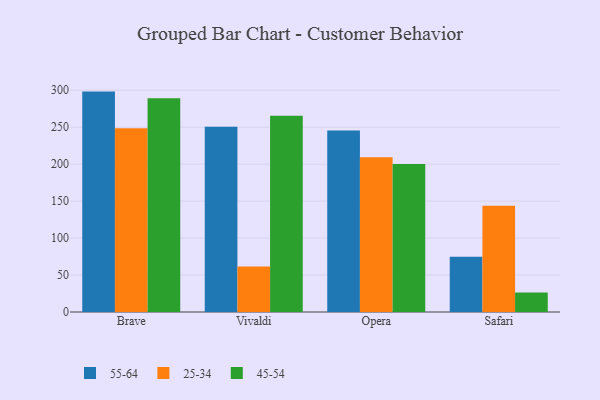
{"axis": {"x": "Browser", "y": "Market Share (%)"}, "legend": ["25-34", "45-54", "55-64"], "data": [{"x": "Brave", "y": 298.1, "type": "55-64"}, {"x": "Brave", "y": 248.6, "type": "25-34"}, {"x": "Brave", "y": 289.2, "type": "45-54"}, {"x": "Vivaldi", "y": 250.7, "type": "55-64"}, {"x": "Vivaldi", "y": 61.5, "type": "25-34"}, {"x": "Vivaldi", "y": 265.6, "type": "45-54"}, {"x": "Opera", "y": 245.4, "type": "55-64"}, {"x": "Opera", "y": 209.3, "type": "25-34"}, {"x": "Opera", "y": 200.1, "type": "45-54"}, {"x": "Safari", "y": 74.7, "type": "55-64"}, {"x": "Safari", "y": 143.6, "type": "25-34"}, {"x": "Safari", "y": 26.5, "type": "45-54"}]}